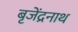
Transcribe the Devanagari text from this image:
बृजेंद्रनाथ